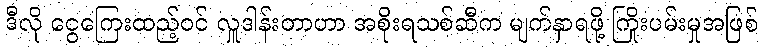
ဒီလို ငွေကြေးထည့်ဝင် လှူဒါန်းတာဟာ အစိုးရသစ်ဆီက မျက်နှာရဖို့ ကြိုးပမ်းမှုအဖြစ်